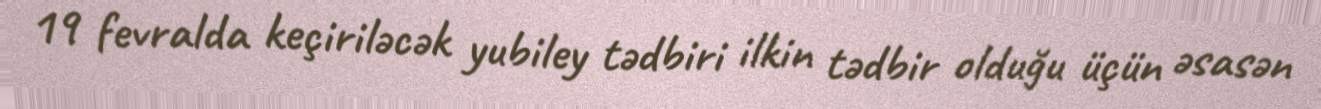
19 fevralda keçiriləcək yubiley tədbiri ilkin tədbir olduğu üçün əsasən